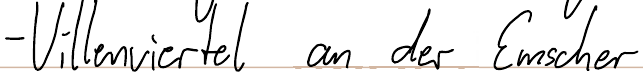
- Villenviertel an der Emscher